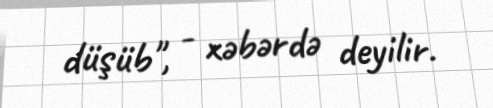
düşüb", - xəbərdə deyilir.